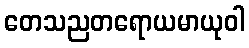
တေသညတရောယမာယုဝါ